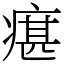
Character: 瘎